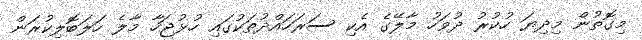
މިގޮތުން މިދިޔަ ހުކުރު ދުވަހު މާލޭގެ އެކި ސަރަހައްދުތަކުގައި ހުޅުޖަހާ މާލެ ހަލަބޮލިކުރަން